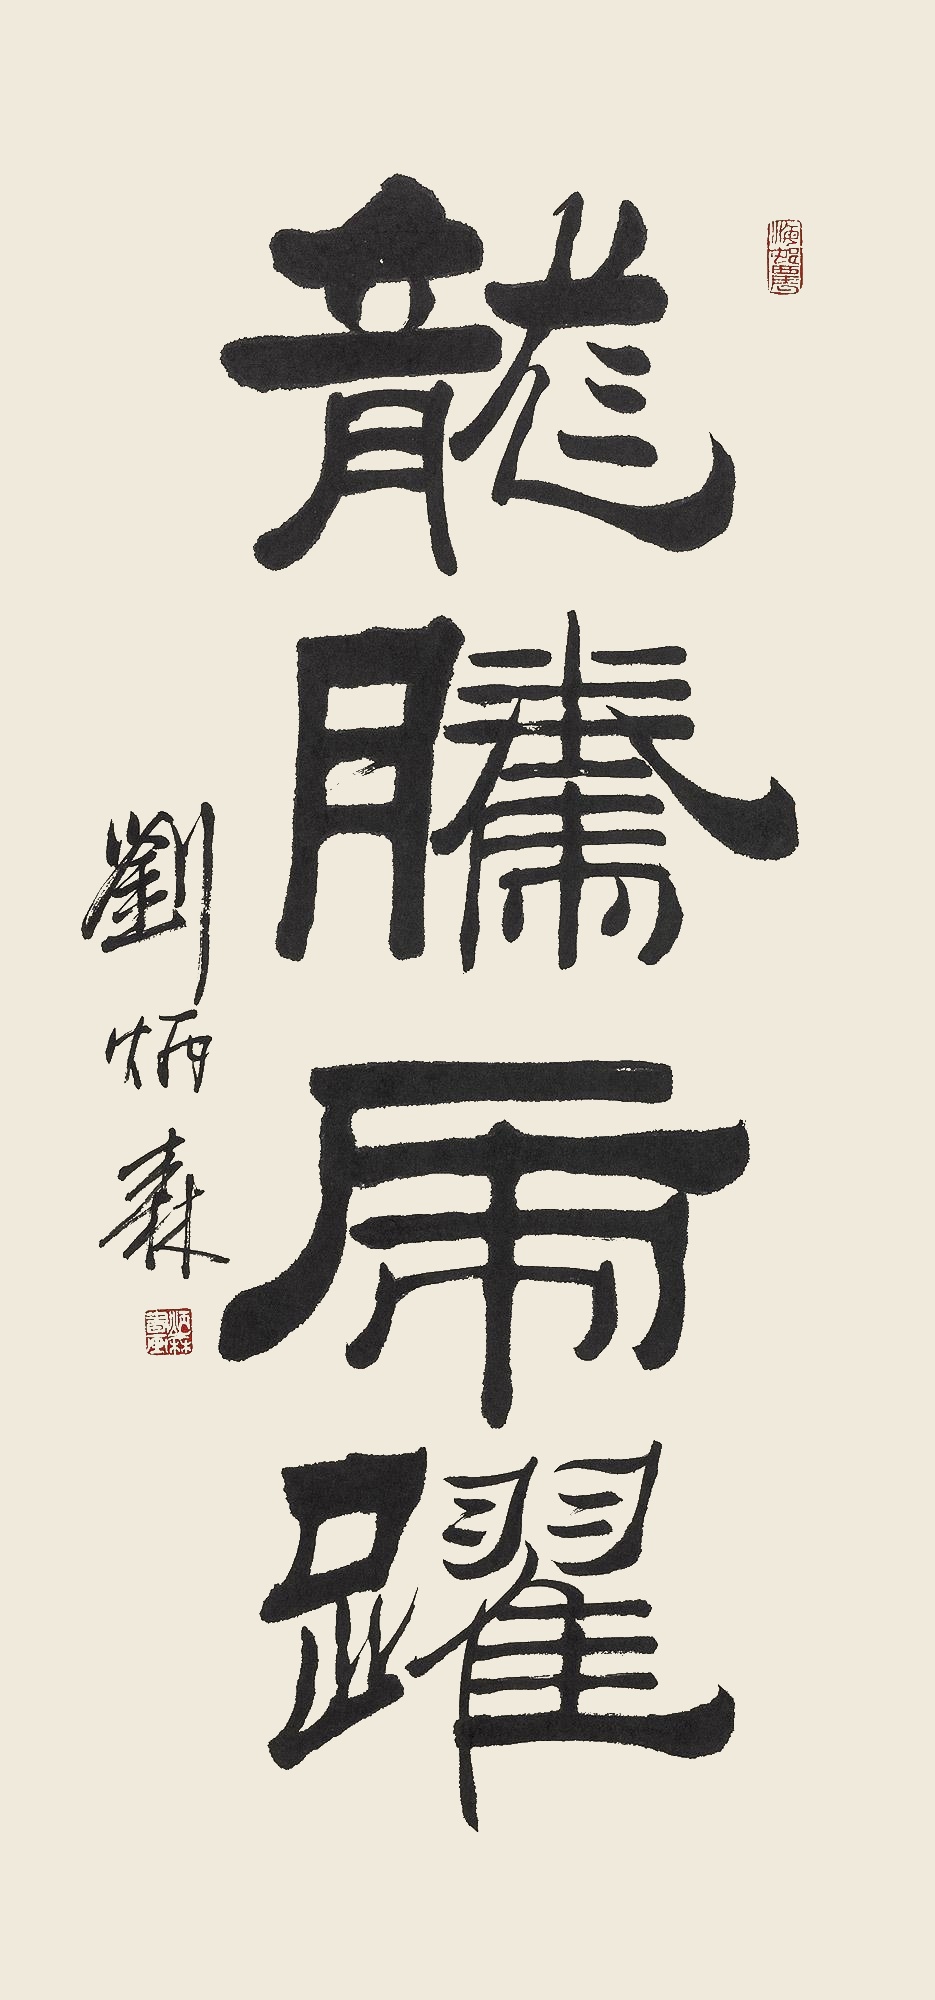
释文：龙腾虎跃刘炳森。